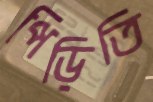
পিড়িতি